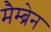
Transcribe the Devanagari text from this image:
मैम्ब्रेन